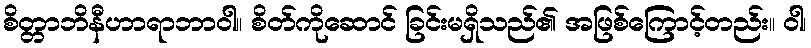
စိတ္တာဘိနီဟာရာဘာဝါ။ စိတ်ကိုဆောင် ခြင်းမရှိသည်၏ အဖြစ်ကြောင့်တည်း။ ဝါ၊